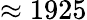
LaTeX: \approx 1925